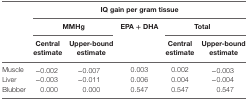
<table><thead><tr><td></td><td colspan="5"><b>IQ gain per gram tissue</b></td></tr><tr><td></td><td colspan="2"><b>MMHg</b></td><td rowspan="2"><b>EPA + DHA</b></td><td colspan="2"><b>Total</b></td></tr><tr><td></td><td><b>Central estimate</b></td><td><b>Upper-bound estimate</b></td><td><b>Central estimate</b></td><td><b>Upper-bound estimate</b></td></tr></thead><tbody><tr><td>Muscle</td><td>−0.002</td><td>−0.007</td><td>0.003</td><td>0.002</td><td>−0.003</td></tr><tr><td>Liver</td><td>−0.003</td><td>−0.011</td><td>0.006</td><td>0.004</td><td>−0.004</td></tr><tr><td>Blubber</td><td>0.000</td><td>0.000</td><td>0.547</td><td>0.547</td><td>0.547</td></tr></tbody></table>